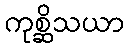
ကုစ္ဆိသယာ